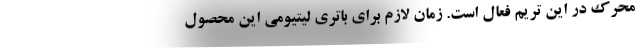
محرک در این تریم فعال است. زمان لازم برای باتری لیتیومی این محصول